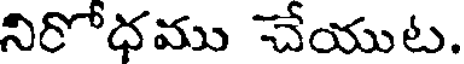
నిరోధము చేయుట.